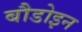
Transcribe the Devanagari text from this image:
बौडोइन